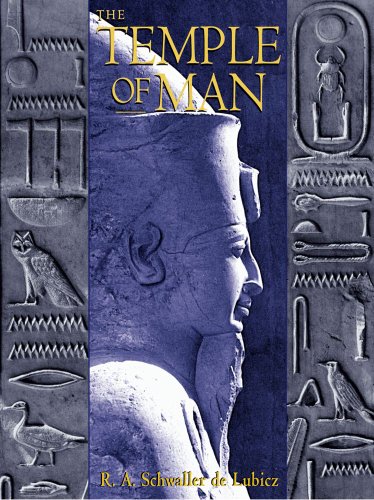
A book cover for The Temple of Man; R. A. Schwaller de Lubicz; History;